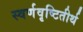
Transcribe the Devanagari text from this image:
स्वर्णवृष्टितीर्थ